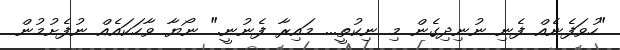
"ހުވަފެނެއް ފެނި ނުނިދިގެން މި ނިކުތީ... މައިރާ ފެނުނީ." ނޯޔާ ވާހަކައެއް ނުފެށުމުން